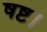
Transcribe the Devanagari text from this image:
षष्ट।